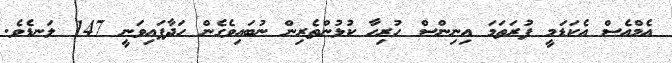
އެމްއެސް އެކަޑަމީ ފުރަތަމަ އިނިންސް ހުރިހާ ކުޅުންތެރިން ނުބައިވެގެން ހަދާފައިވަނީ 147 ލަނޑެވެ.